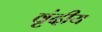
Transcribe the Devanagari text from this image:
वृंदीय